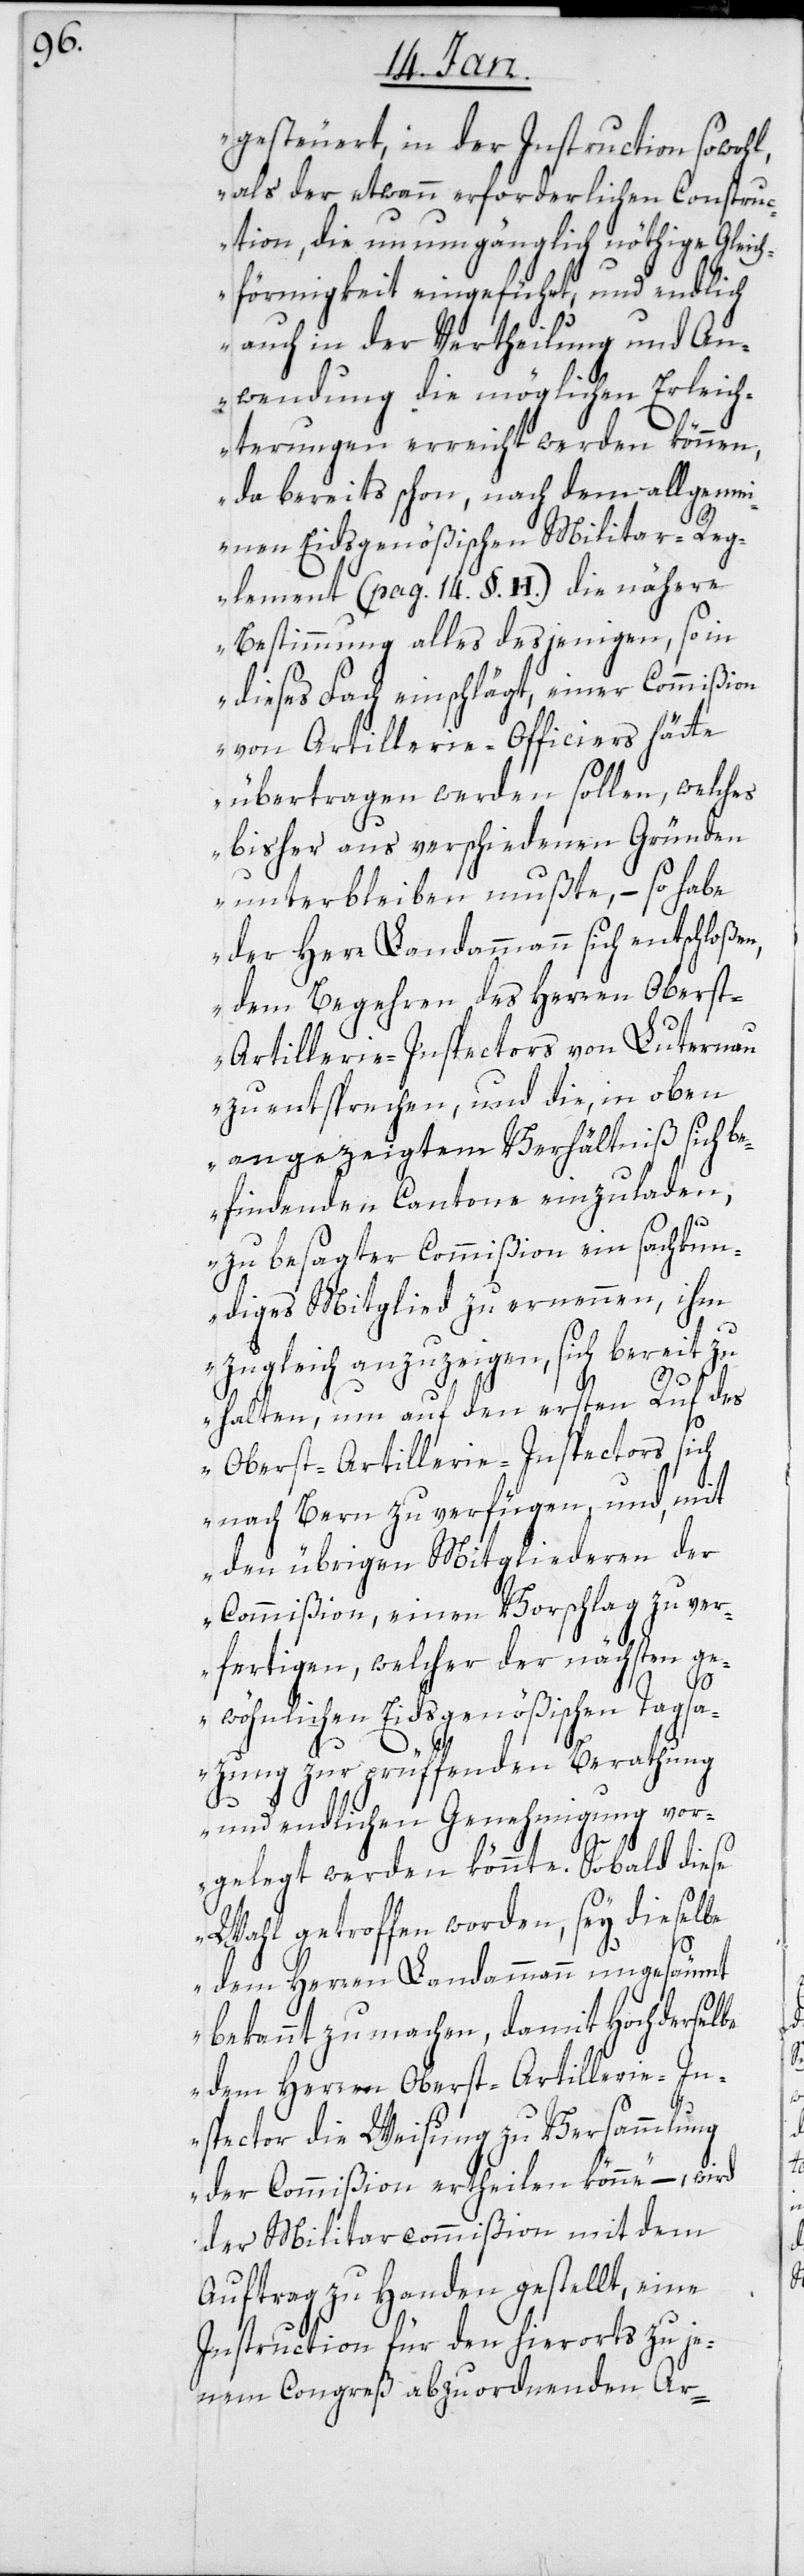
gesteuert, in der Instruction sowohl,
als der etwann erforderlichen Constru¬
ction, die unumgänglich nöthige Gleich¬
förmigkeit eingeführt, und endlich
auch in der Vertheilung und An¬
wendung die möglichen Erleich¬
terungen erreicht werden können,
da bereits schon, nach dem allgemei¬
nen Eidsgenößischen Militar-Reg¬
lement (pag. 14. §. H.) die nähere
Bestimmung alles desjenigen, so in
dieses Fach einschlägt, einer Commißion
von Artillerie-Officiers hätte
übertragen werden sollen, welches
bisher aus verschiedenen Gründen
unterbleiben mußte, – so habe
der Herr Landammann sich entschloßen,
dem Begehren des Herren Obers¬
t-Artillerie-Inspectors von Luternau
zu entsprechen, und die, in oben
angezeigtem Verhältniß sich b¬
efindenden Cantone einzuladen,
zu besagter Commißion ein sachkun¬
diges Mitglied zu ernennen, ihm
zugleich anzuzeigen, sich bereit zu
halten, um auf den ersten Ruf des
Oberst-Artillerie-Inspectors sich
nach Bern zu verfügen, und, mit
den übrigen Mitgliederen der
Commißion, einen Vorschlag zu ver¬
fertigen, welcher der nächsten ge¬
wöhnlichen Eidsgenößischen Tagsa¬
zung zur prüffenden Berathung
und endlichen Genehmigung vor¬
gelegt werden könnte. Sobald diese
Wahl getroffen worden, sey dieselbe
dem Herren Landammann ungesäumt
bekannt zu machen, damit Hochderselbe
dem Herren Oberst-Artillerie-In¬
spector die Weisung zu Versammlung
der Commißion ertheilen könne,“ – wird
der Militarcommißion mit dem
Auftrag zu Handen gestellt, eine
Instruction für den hierorts zu je¬
nem Congreß abzuordnenden Ar-